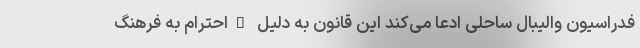
فدراسیون والیبال ساحلی ادعا می‌کند این قانون به دلیل "احترام به فرهنگ